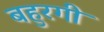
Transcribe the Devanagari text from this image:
बहुरगी